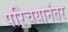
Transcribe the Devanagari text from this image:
परिचयानंतर